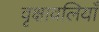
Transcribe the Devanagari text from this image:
वृक्षावलियाँ